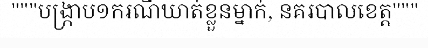
"""បង្ក្រាប១ករណីឃាត់ខ្លួនម្នាក់, នគរបាលខេត្ត"""